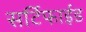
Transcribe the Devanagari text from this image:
सर्टिफाईड